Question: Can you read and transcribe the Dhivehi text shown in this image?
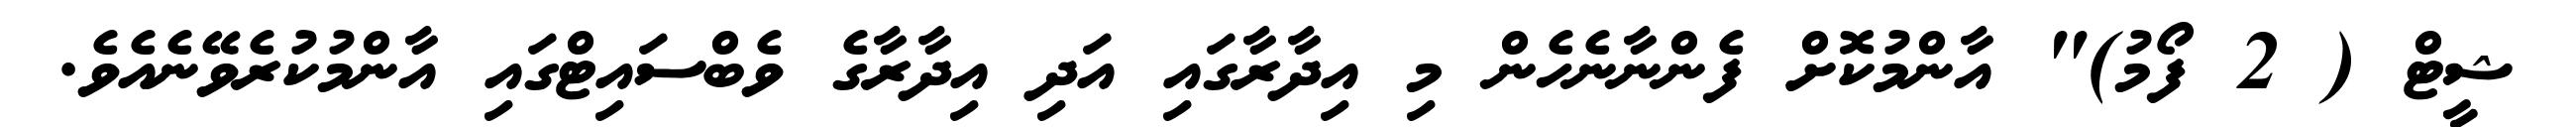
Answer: ޝީޓް ( 2 ފޯމު)" އާންމުކޮށް ފެންނާނެހެން މި އިދާރާގައި އަދި އިދާރާގެ ވެބްސައިޓްގައި އާންމުކުރެވޭނެއެވެ.